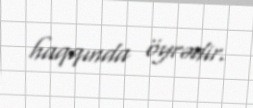
haqqında öyrədir.